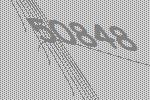
50848